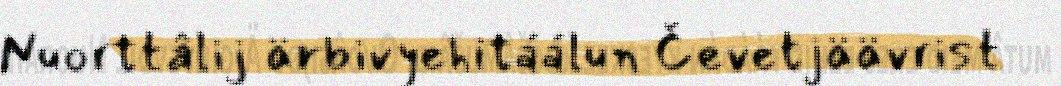
Nuorttâlij ärbivyehitáálun Čevetjäävrist